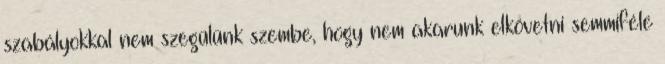
szabályokkal nem szegülünk szembe, hogy nem akarunk elkövetni semmiféle